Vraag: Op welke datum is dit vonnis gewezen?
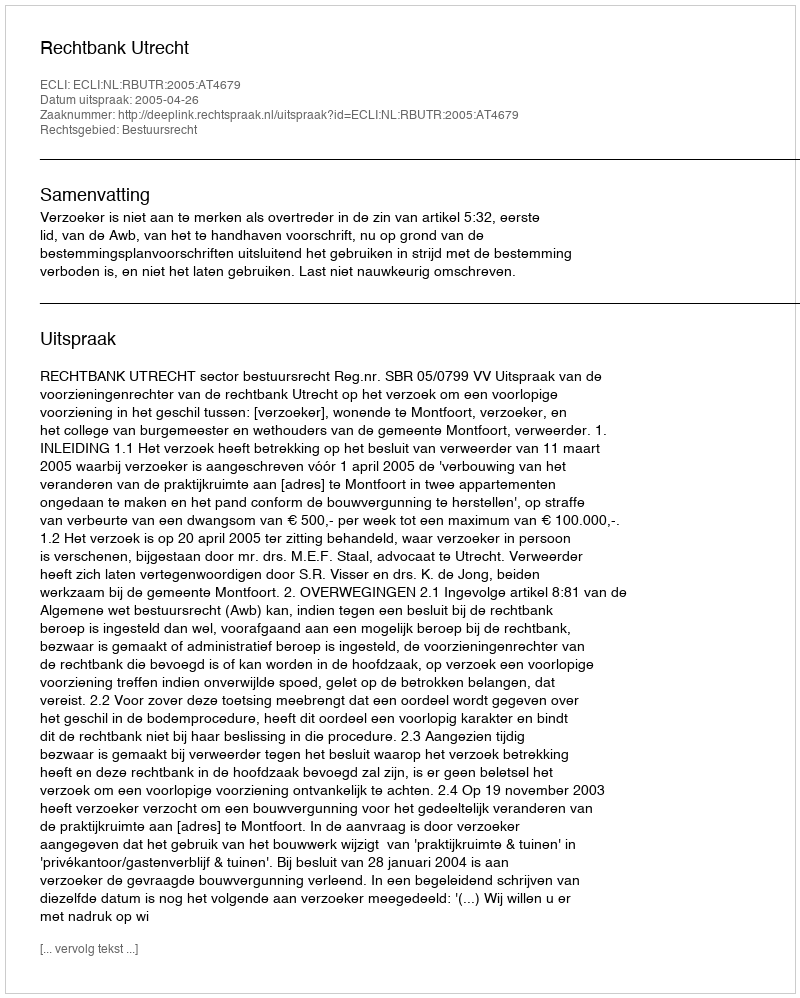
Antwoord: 2005-04-26